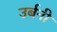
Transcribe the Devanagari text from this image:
उर्बनी